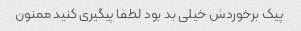
پیک برخوردش خیلی بد بود لطفا پیگیری کنید ممنون